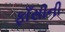
ફાઁસીની